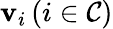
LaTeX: \mathbf{v}_{i}\left(i\in\mathcal{C}\right)